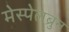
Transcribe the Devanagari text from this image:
मेस्पेलब्रुन